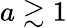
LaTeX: a\gtrsim 1